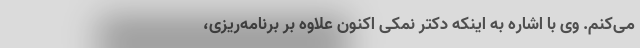
می‌کنم. وی با اشاره به اینکه دکتر نمکی اکنون علاوه بر برنامه‌ریزی،